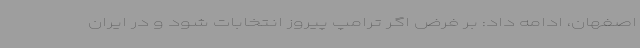
اصفهان، ادامه داد: بر فرض اگر ترامپ پیروز انتخابات شود و در ایران